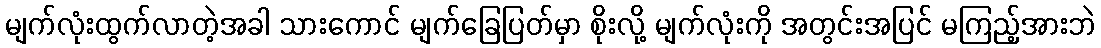
မျက်လုံးထွက်လာတဲ့အခါ သားကောင် မျက်ခြေပြတ်မှာ စိုးလို့ မျက်လုံးကို အတွင်းအပြင် မကြည့်အားဘဲ